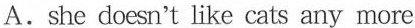
A.she doesn't like cats any more